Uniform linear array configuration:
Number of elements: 12
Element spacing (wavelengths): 1
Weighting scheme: kaiser
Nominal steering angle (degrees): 30
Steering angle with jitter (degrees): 30.8
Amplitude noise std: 0.05
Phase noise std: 0.05

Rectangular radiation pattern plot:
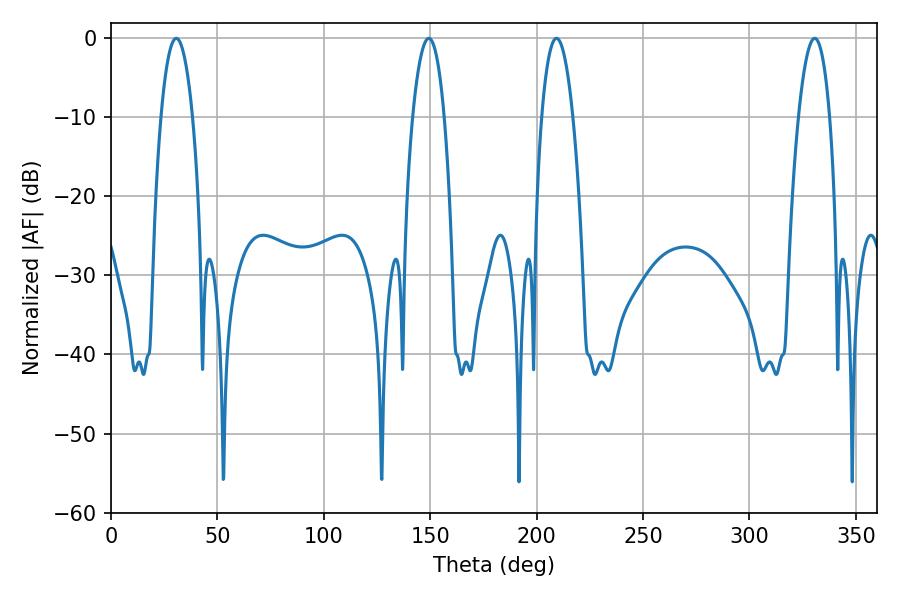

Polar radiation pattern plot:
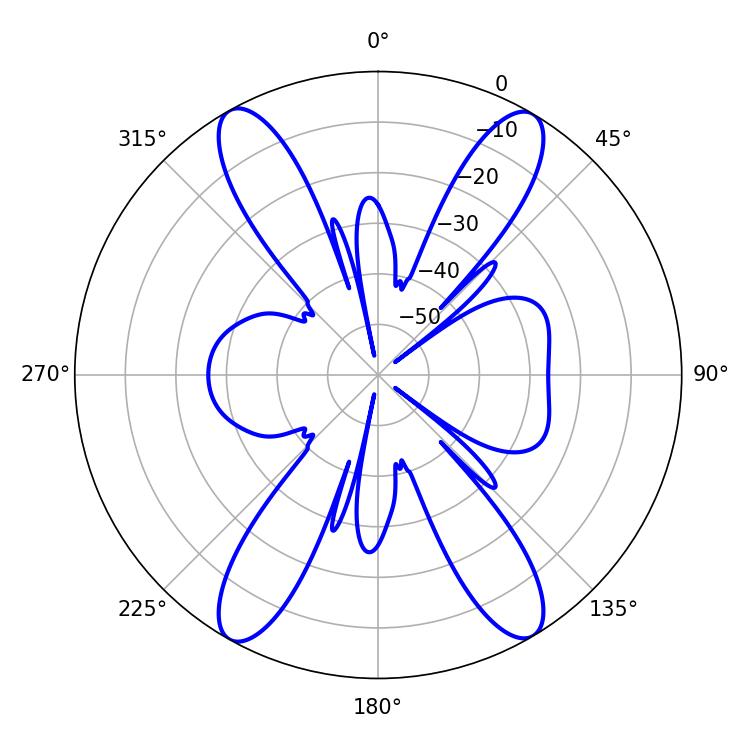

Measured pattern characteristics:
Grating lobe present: TRUE
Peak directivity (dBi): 23.467
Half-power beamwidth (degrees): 8.1
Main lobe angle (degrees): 209.34